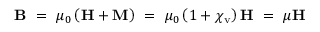
\mathbf { B } \ = \ \mu _ { 0 } \left( \mathbf { H } + \mathbf { M } \right) \ = \ \mu _ { 0 } \left( 1 + \chi _ { \mathrm { v } } \right) \mathbf { H } \ = \ \mu \mathbf { H }